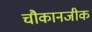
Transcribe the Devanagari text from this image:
चौकानजीक